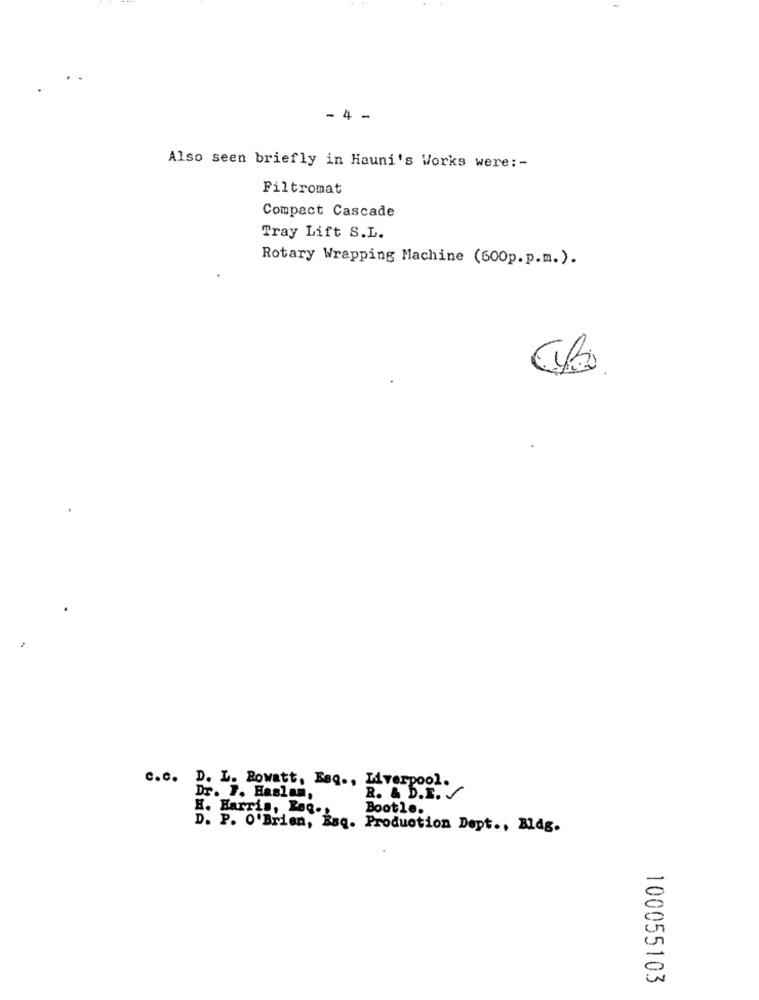
-
- 4 -
Also seen briefly in Hauni's Works were :-
Filtromat
Compact Cascade
Tray Lift S.L.
Rotary Wrapping Machine (600p.p.m.).
c.c. D. L. Rowatt, Esq ., Liverpool.
Dr. F. Hanlan,
R. & D.I. S
H. Harris, Reg.
Bootle.
D. P. O'Brien, Baq. Production Dept ., Bldg.
100055103